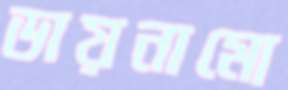
ডায়নামো